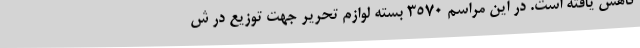
کاهش یافته است. در این مراسم 3570 بسته لوازم تحریر جهت توزیع در ش